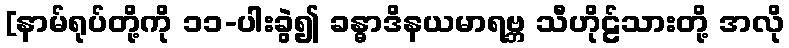
[နာမ်ရုပ်တို့ကို ၁၁-ပါးခွဲ၍ ခန္ဓာဒိနယမာရဗ္ဘ သီဟိုဠ်သားတို့ အလို